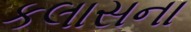
કલાસના